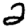
Digit: 2